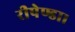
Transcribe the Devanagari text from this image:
रीपेण्डा।